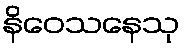
နိဝေသနေသု